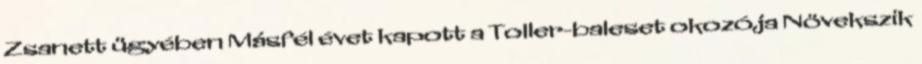
Zsanett ügyében Másfél évet kapott a Toller-baleset okozója Növekszik